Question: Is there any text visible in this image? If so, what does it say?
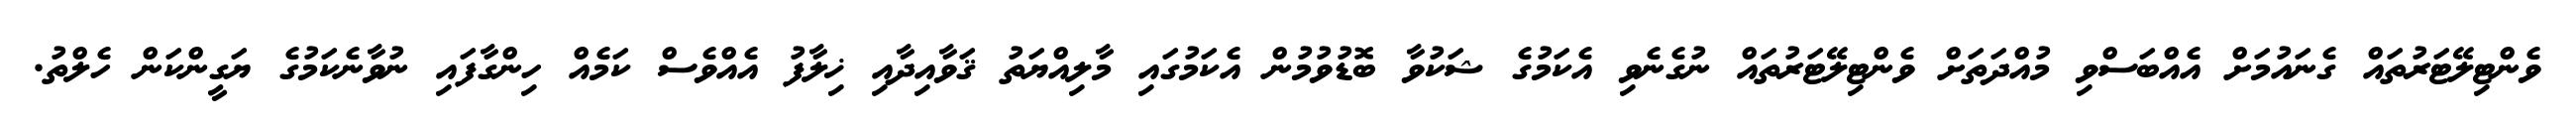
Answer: ވެންޓިލޭޓަރުތައް ގެނައުމަށް އެއްބަސްވި މުއްދަތަށް ވެންޓިލޭޓަރުތައް ނުގެނެވި އެކަމުގެ ޝަކުވާ ބޮޑުވުމުން އެކަމުގައި މާލިއްޔަތު ޤަވާއިދާއި ޚިލާފު އެއްވެސް ކަމެއް ހިންގާފައި ނުވާނެކަމުގެ ޔަގީންކަން ހެލްތު.